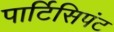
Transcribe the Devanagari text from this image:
पार्टिसिपंट